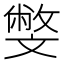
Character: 𣁢